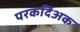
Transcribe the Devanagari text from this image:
परकर्दिअक